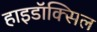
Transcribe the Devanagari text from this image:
हाइडॉक्सिल